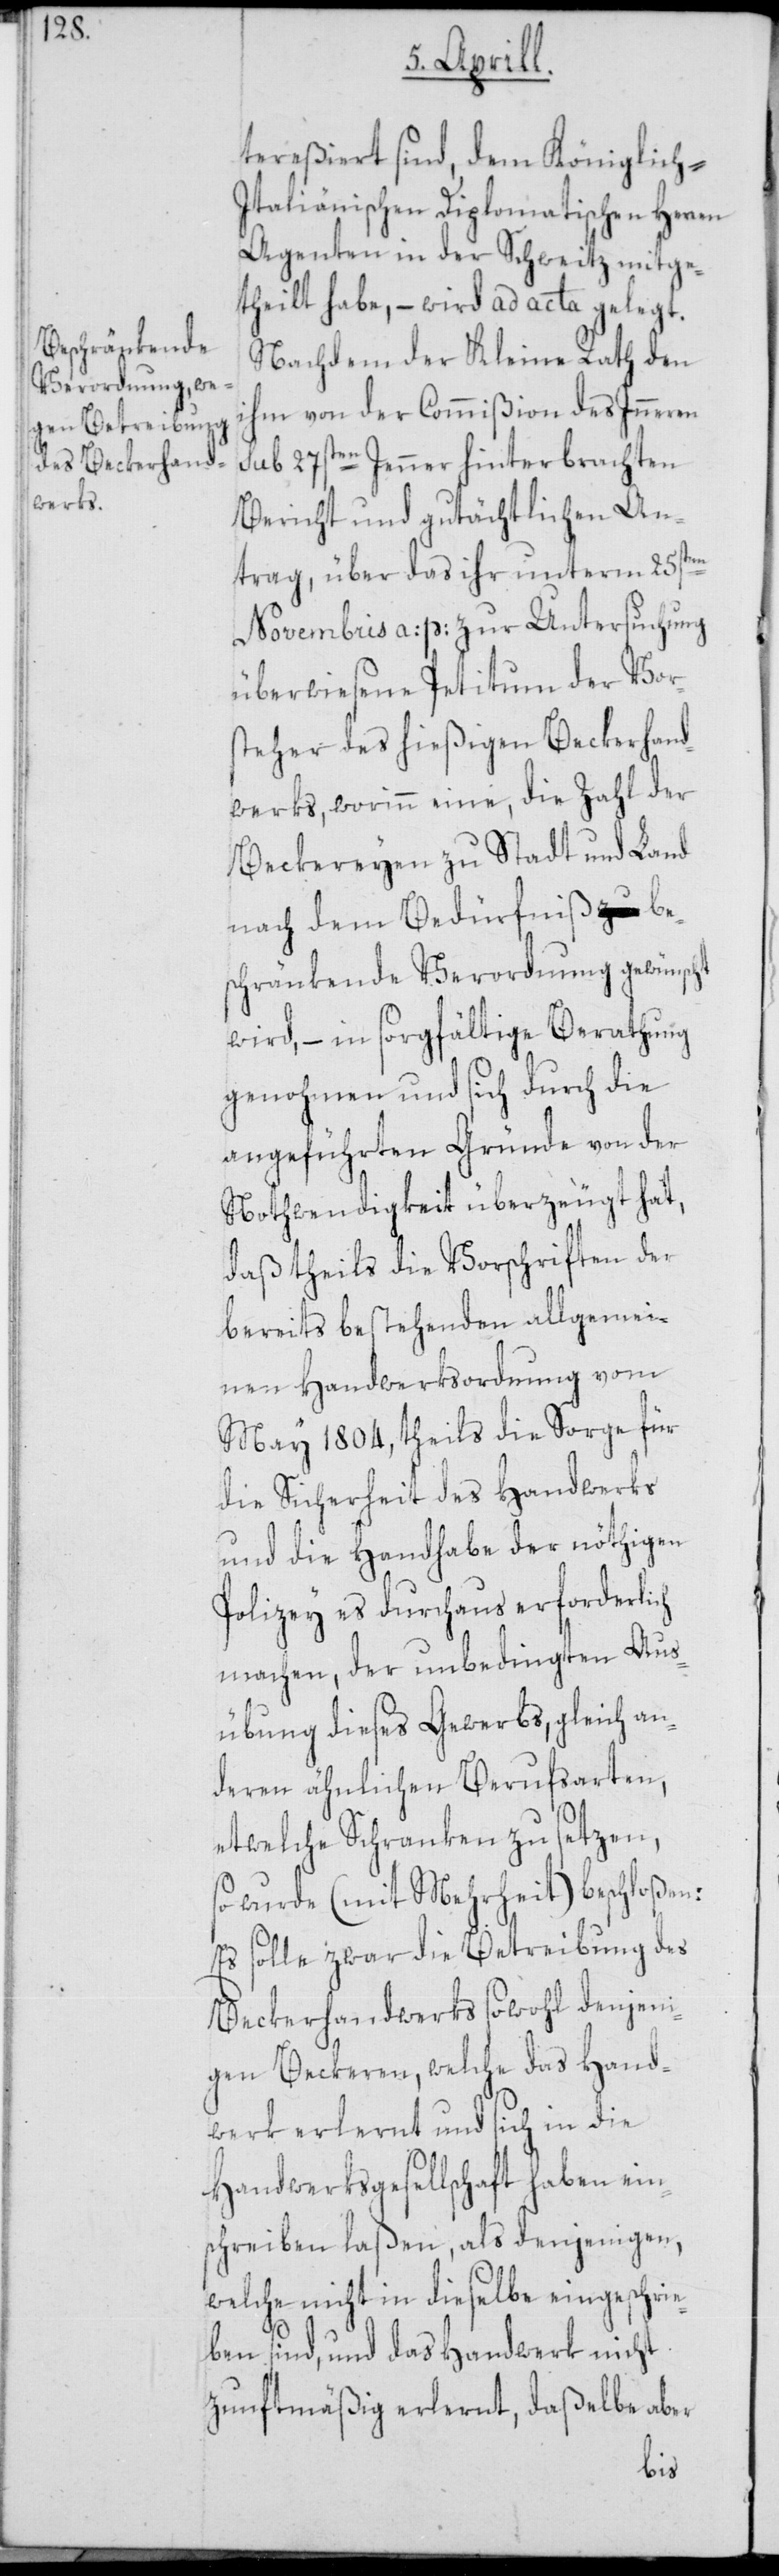
tereßiert sind, dem Königlich-I¬
taliänischen Diplomatischen Herren
Agenten in der Schweitz mitge¬
theilt habe, – wird ad acta gelegt.
Nachdem der Kleine Rath den
ihm von der Commißion des Inneren
sub 27sten Jenner hinterbrachten
Bericht und gutächtlichen An¬
trag, über das ihr unterm 25sten
Novembris a: p: zur Untersuchung
überwiesene Petitum der Vor¬
steher des hießigen Beckerhand¬
werks, worinn eine, die Zahl der
Beckereyen zu Stadt und Land
nach dem Bedürfniß be¬
schränkende Verordnung gewünscht
wird, – in sorgfältige Berathung
genohmen und sich durch die
angeführten Gründe von der
Nothwendigkeit überzeugt hat,
daß theils die Vorschriften der
bereits bestehenden allgemei¬
nen Handwerksordnung vom
May 1804, theils die Sorge für
die Sicherheit des Handwerks
und die Handhabe der nöthigen
Polizey es durchaus erforderlich
machen, der unbedingten Aus¬
übung dieses Gewerbs, gleich an¬
deren ähnlichen Berufsarten,
etwelche Schranken zu setzen,
so wurde (mit Mehrheit) beschloßen:
Es solle zwar die Betreibung des
Beckerhandwerks sowohl denjeni¬
gen Beckeren, welche das Hand¬
werk erlernt und sich in die
Handwerksgesellschaft haben ein¬
schreiben laßen, als denjenigen,
welche nicht in dieselbe eingeschrie¬
ben sind, und das Handwerk nicht
zunftmäßig erlernt, daßelbe aber